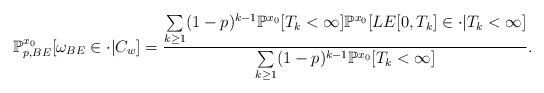
LaTeX: \begin{align*}\mathbb{P}^{x_0}_{p,BE}[\omega_{BE}\in\cdot|C_w]=\frac{\sum\limits_{k\geq 1}(1-p)^{k-1}\mathbb{P}^{x_0}[T_k<\infty]\mathbb{P}^{x_0}[LE[0,T_k]\in\cdot|T_k<\infty]}{{\sum\limits_{k\geq 1}(1-p)^{k-1}\mathbb{P}^{x_0}[T_k<\infty]}}.\end{align*}